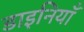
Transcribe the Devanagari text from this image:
डाइनियाँ